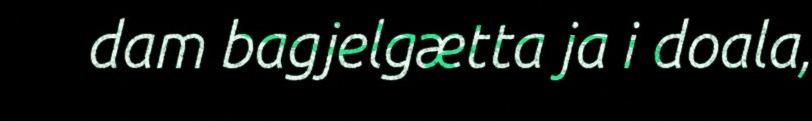
dam bagjelgætta ja i doala,